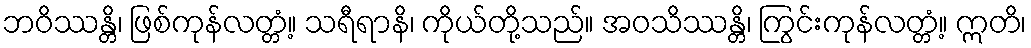
ဘဝိဿန္တိ၊ ဖြစ်ကုန်လတ္တံ့။ သရီရာနိ၊ ကိုယ်တို့သည်။ အဝသိဿန္တိ၊ ကြွင်းကုန်လတ္တံ့။ ဣတိ၊